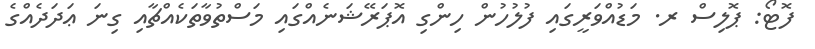
ފޮޓޯ: ޕޮލިސް ރ. މަޑުއްވަރީގައި ފުލުހުން ހިންގި އޮޕަރޭޝަނެއްގައި މަސްތުވާތަކެއްޗާއި ގިނަ ޢަދަދެއްގެ